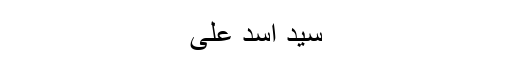
سید اسد علی